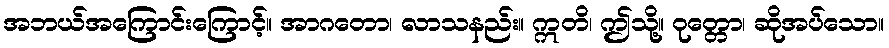
အဘယ်အကြောင်းကြောင့်။ အာဂတော၊ လာသနည်း။ ဣတိ၊ ဤသို့။ ဝုတ္တော၊ ဆိုအပ်သော။